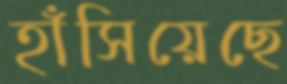
হাঁসিয়েছে